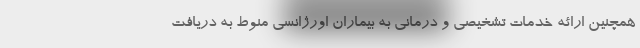
همچنین ارائه خدمات تشخیصی و درمانی به بیماران اورژانسی منوط به دریافت